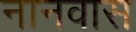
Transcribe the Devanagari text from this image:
नानवास